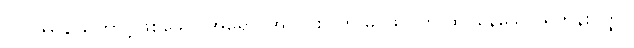
(ဝိပဿနာကြောင့်ဖြစ်သော အရောင်အလင်း) ကို မဂ်ဖိုလ်ဟု ထင်နေသော ရဟန်းဝတ္ထု။